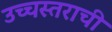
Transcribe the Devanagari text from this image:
उच्चस्तराची